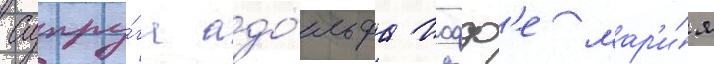
Супру́га адо́льфа иофф'е мар'и́я